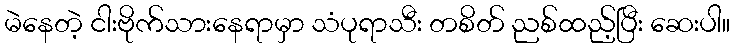
မဲနေတဲ့ ငါးဗိုက်သားနေရာမှာ သံပုရာသီး တစိတ် ညစ်ထည့်ပြီး ဆေးပါ။